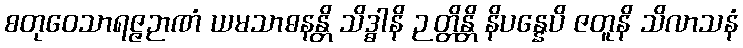
စတုဝေသာရဇ္ဇဉာဏံ ယမသာဓနန္တိ သိဒ္ဓါနိ ဉတ္တိန္တိ နိပန္နေပိ ဇတူနိ သိလာသနံ